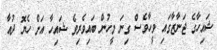
ޝައިހާގެ ޖަނާޒާގައި ވީހާވެސް ގިނަ މީހުން ބައިވެރިވެ ޝައިހާ އަށް ހެޔޮ ދުއާ